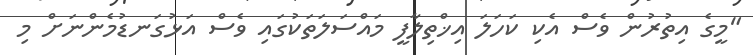
"މީގެ އިތުރުން ވެސް އެކި ކަހަލަ އިޚްތިލާފީ މައްސަލަތަކުގައި ވެސް އަޅުގަނޑުމެންނަށް މި